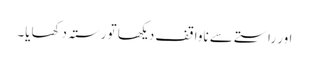
اور راستے سے ناواقف دیکھا تو رستہ دکھایا۔